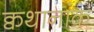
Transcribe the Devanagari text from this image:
क्वथानांक